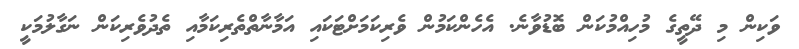
ވަކިން މި ދޭތީގެ މުހިއްމުކަން ބޮޑުވާނެ. އެހެންކަމުން ވެރިކަމަށްޓަކައި އަމާނާތްތެރިކަމާއި ތެދުވެރިކަން ނަގާލުމަކީ